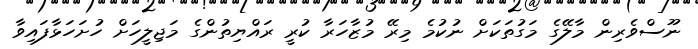
ނޫސްވެރިން މާލޭގެ މަގުތަކަށް ނުކުމެ މިރޭ މުޒާހަރާ ކުރީ ރައްޔިތުންގެ މަޖިލީހަށް ހުށަހަޅާފައިވާ